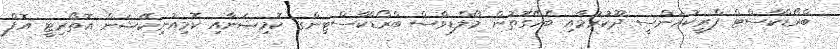
ބްރޯޑްކާސްޓް ފްރީކުއަންސީ ދޫކުރުމާއި ބެހޭގޮތުން މޯލްޑިވްސް ބްރޯޑްކާސްޓިންގ ކޮމިޝަނާއި ކޮމިއުނިކޭޝަން އޮތޯރިޓީ އޮފް